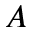
A